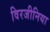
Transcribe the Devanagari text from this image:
विरजीनिया